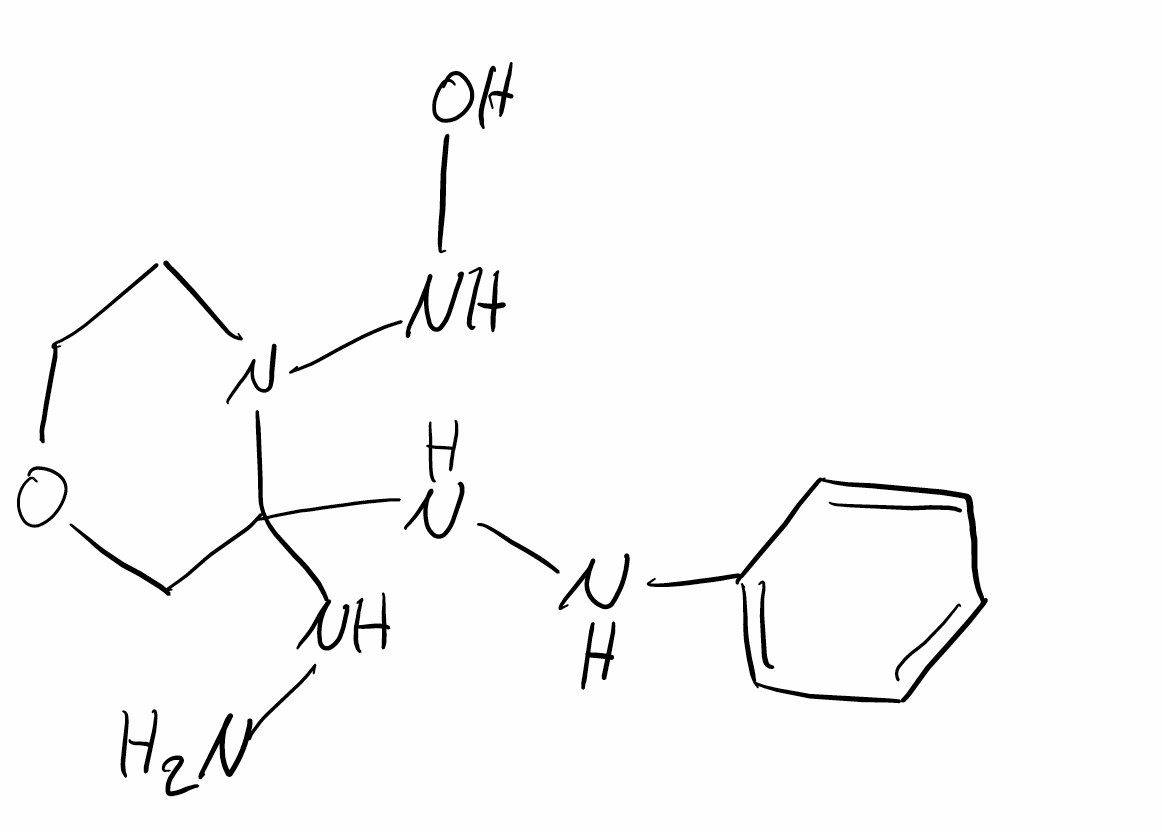
Simplified molecular-input line-entry system (SMILES) notation of the given molecule:
C1COCC(N1NO)(NN)NNC2=CC=CC=C2